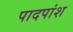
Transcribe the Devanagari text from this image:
पादपांश